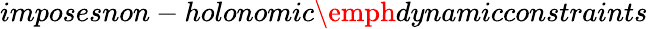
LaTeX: imposesnon-holonomic\emph{dynamicconstraints}